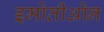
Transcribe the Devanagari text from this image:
इमोतीओन